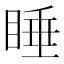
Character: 睡